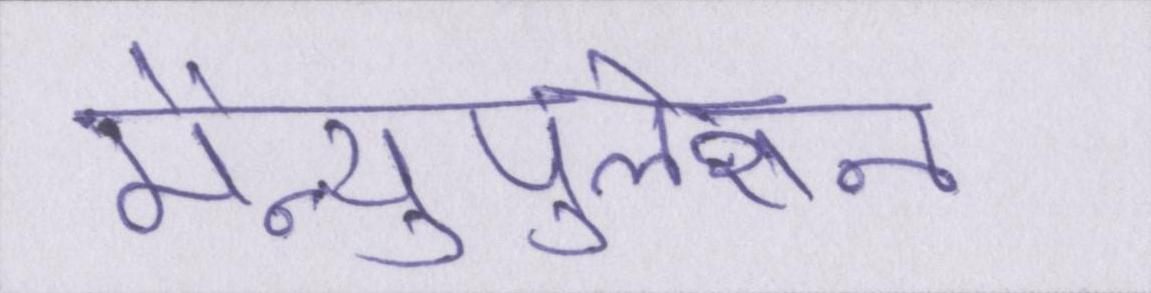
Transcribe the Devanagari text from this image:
मैन्युपुलेशन